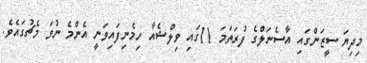
މިދިޔަ ސީޒަންގައި އާސެނަލްގެ ފުރަތަމަ 11ގައި ވިލްޝެއާ ހިމެނިފައިވަނީ އެންމެ ނުވަ މެޗުގައެވެ.